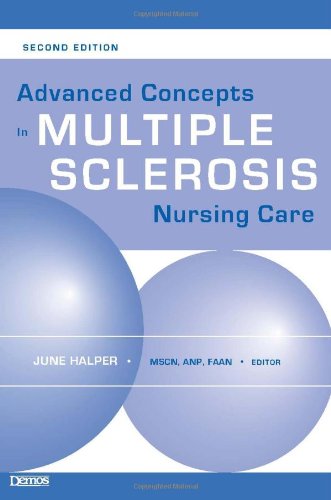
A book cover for Advanced Concepts in Multiple Sclerosis Nursing Care; June Halper MSN  ANP  FAAN; Health, Fitness & Dieting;